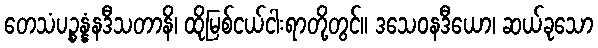
တေသံပဉ္စန္နံနဒီသတာနိ၊ ထိုမြစ်ငယ်ငါးရာတို့တွင်။ ဒသေဝနဒီယော၊ ဆယ်ခုသော